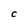
Character: C